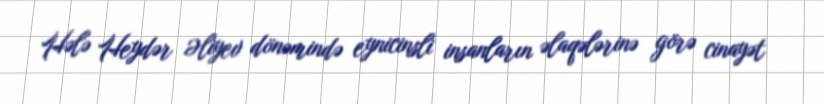
Hələ Heydər Əliyev dönəmində eynicinsli insanların əlaqələrinə görə cinayət